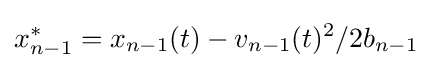
x_{n-1}^{\ast }=x_{n-1}(t)-v_{n-1}(t)^{2}/2b_{n-1}